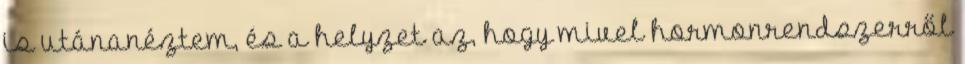
is utánanéztem, és a helyzet az, hogy mivel hormonrendszerről